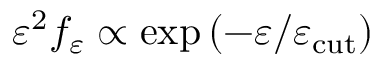
\varepsilon ^ { 2 } f _ { \varepsilon } \propto \exp { ( - \varepsilon / \varepsilon _ { \mathrm { c u t } } ) }